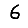
Digit: 6